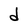
Character: d